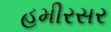
હમીરસર